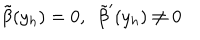
LaTeX: \tilde { \beta } ( y _ { h } ) = 0 , \ \ \tilde { \beta } ^ { \prime } ( y _ { h } ) \ne 0